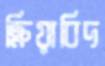
ক্রিয়াবিদ